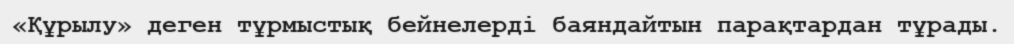
«Құрылу» деген тұрмыстық бейнелерді баяндайтын парақтардан тұрады.